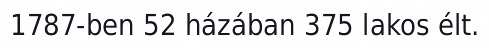
1787-ben 52 házában 375 lakos élt.